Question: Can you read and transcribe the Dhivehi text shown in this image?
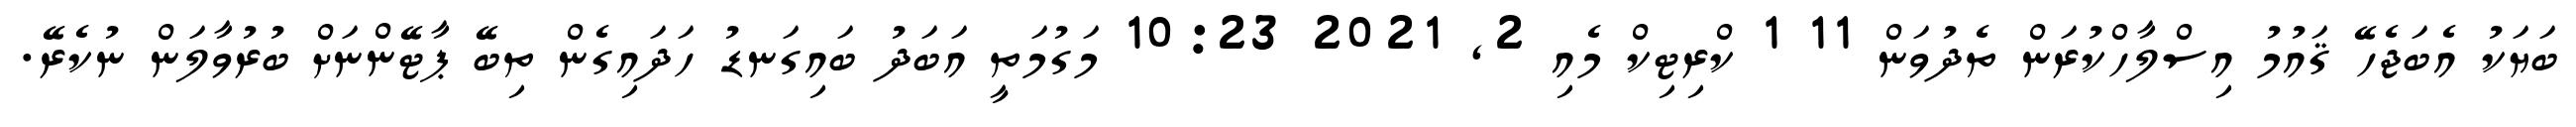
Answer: ބަޔަކު އެބަޖެހޭ ޤައުމު އިސްލާހްކުރަން ތެދުވަން 11 1 ކްރިޓިކް މެއި 2, 2021 10:23 މަގުމަތީ އަބަދު ބައިގަނޑު ހަދައިގެން ތިބޭ ޕާޓޭންނަށް ބުރުވާލަން ނުކެރޭ.